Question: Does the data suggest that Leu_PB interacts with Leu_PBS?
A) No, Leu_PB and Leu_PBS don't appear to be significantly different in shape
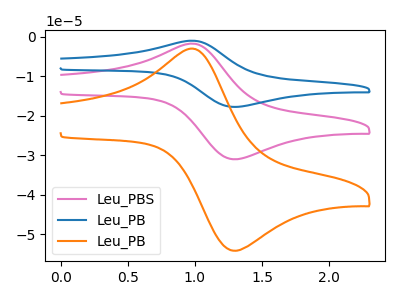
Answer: <think>The pink curve "Leu_PBS" has an anodic peak at (1.00V, -1.80uA) and a cathodic peak at (1.30V, -30.95uA). The blue curve "Leu_PB" has an anodic peak at (1.00V, -3.65uA) and a cathodic peak at (1.30V, -61.90uA). The orange curve "Leu_PB" has an anodic peak at (1.00V, -3.20uA) and a cathodic peak at (1.30V, -54.10uA).
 All the peaks in "Leu_PB" have a peak in "Leu_PBS" at the same potential.</think>
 <answer>A) No, "Leu_PB" and "Leu_PBS" don't appear to be significantly different in shape</answer>
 <eval>A</eval>